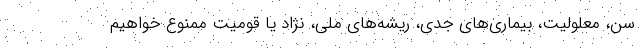
سن، معلولیت، بیماری‌های جدی، ریشه‌های ملی، نژاد یا قومیت ممنوع خواهیم